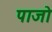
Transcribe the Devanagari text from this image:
पाजो